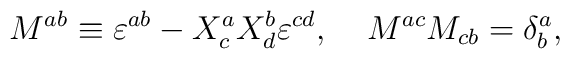
M^{ab} \equiv \varepsilon^{ab}-X_c^aX_d^b\varepsilon^{cd},\;\;\;\;  M^{ac}M_{cb}=\delta_b^a,